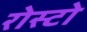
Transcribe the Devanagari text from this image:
रोस्टो